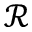
\mathscr { R }